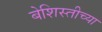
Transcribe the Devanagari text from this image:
बेशिस्तीच्या